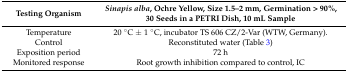
<table><thead><tr><td><b>Testing Organism</b></td><td><b><i>Sinapis alba</i>, Ochre Yellow, Size 1.5–2 mm, Germination &gt; 90%, 30 Seeds in a PETRI Dish, 10 mL Sample</b></td></tr></thead><tbody><tr><td>Temperature </td><td>20 °C ± 1 °C, incubator TS 606 CZ/2-Var (WTW, Germany).</td></tr><tr><td>Control</td><td>Reconstituted water (Table 3)</td></tr><tr><td>Exposition period</td><td>72 h </td></tr><tr><td>Monitored response</td><td>Root growth inhibition compared to control, IC</td></tr></tbody></table>